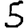
Digit: 5